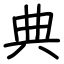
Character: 典